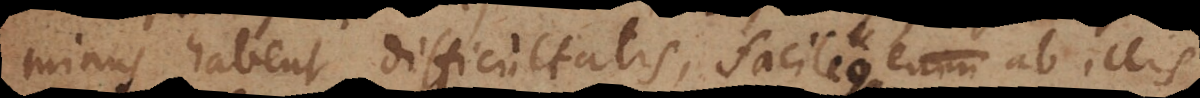
habent difficultatis, facile enim ab illis